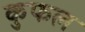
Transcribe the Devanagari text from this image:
कुफल